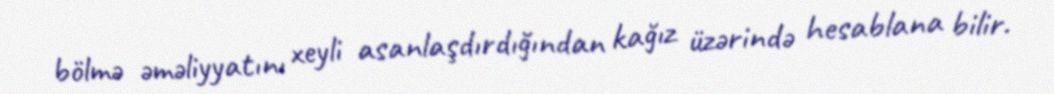
bölmə əməliyyatını xeyli asanlaşdırdığından kağız üzərində hesablana bilir.